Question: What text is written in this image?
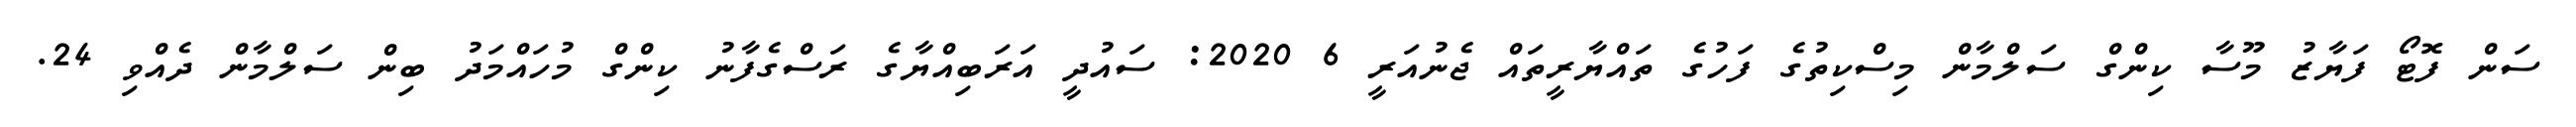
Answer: ސަން ފޮޓޯ ފަޔާޒު މޫސާ ކިންގް ސަލްމާން މިސްކިތުގެ ފަހުގެ ތައްޔާރީތައް ޖެނުއަރީ 6 2020: ސައުދީ އަރަބިއްޔާގެ ރަސްގެފާނު ކިންގް މުހައްމަދު ބިން ސަލްމާން ދެއްވި 24.